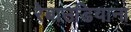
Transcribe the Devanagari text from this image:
रेबाउडियाना